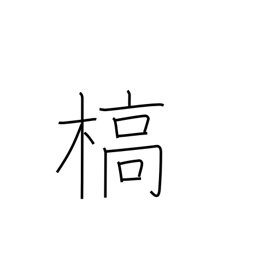
Meaning: die (vegetation)